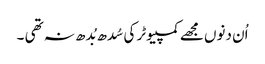
اُن دنوں مجھے کمپیوٹر کی سُدھ بُدھ نہ تھی ۔